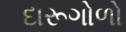
દારૂગોળો